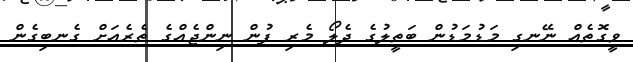
ވީގޮތެއް ނޭނގި މަޑުމަޑުން ބަތީލުގެ ދެލޯ މެރި ފުން ނިންޖެއްގެ ތެރެއަށް ގެނބިގެން